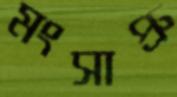
মংসাপ্রু